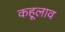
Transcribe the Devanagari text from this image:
कहूलाव